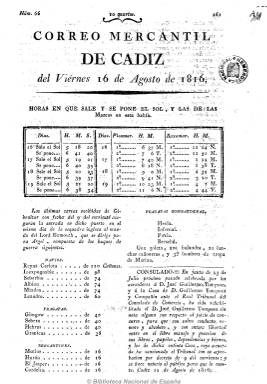
Título: Correo mercantil de Cádiz
Colección: Periódicos anteriores a 1850
Ámbito geográfico: Cádiz
Lugar de publicación: Cádiz
Fechas: 16/08/1816-08/10/1824

Periódico eminentemente económico y comercial que debió empezar a publicarse “con licencia” en Cádiz a partir de 1816. Su periodicidad debió ser bisemanal (martes y viernes) y también diaria (matutina). En números de cuatro páginas, debía reiniciar su numeración anualmente, y comienza con las anotaciones meteorológicas y las mareas en la bahía de Cádiz, para a continuación ofrecer información muy detallada del movimiento portuario gaditano y también gibraltareño de los navíos que realizaban la ruta a América y a otros puertos europeos, con indicación de las mercancías que transportaban. También publica minuciosamente una larga lista de precios de los productos, así como notas del consulado, normas y decretos, subastas, etc. También publica noticias relativas a la independencia de los países hispanoaméricanos. Salió de diferentes imprentas, de la de Manuel Ximénez Carreño, José Niel y la de Hércules. Debió alcanzar su existencia hasta 1824, cuando en su cabecera incluía el grabado de un navío y era estampado “con Real permiso”.